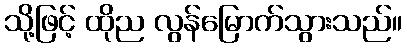
သို့ဖြင့် ထိုည လွန်မြောက်သွားသည်။